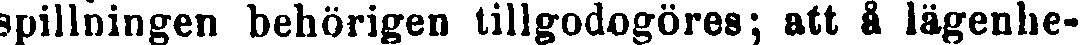
spillningen behörigen tillgodogöres; att å lägenhe-